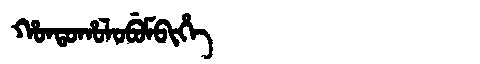
Manchu: ᡥᠣᠨᡨᠣᡥᠣᠯᠣᠪᡠᠮᠪᡳᡥᡝ
Romanization: HONTOHOLOBUMBIHE